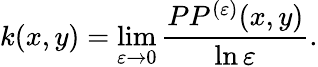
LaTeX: k(x,y)=\operatorname*{lim}_{\varepsilon\to 0}\frac{PP^{(\varepsilon)}(x,y)}{\ln\varepsilon}.